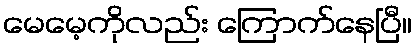
မေမေ့ကိုလည်း ကြောက်နေပြီ။